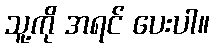
သူ့ကို အရင် ပေးပါ။